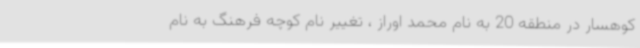
کوهسار در منطقه 20 به نام محمد اوراز ، تغییر نام کوچه فرهنگ به نام